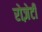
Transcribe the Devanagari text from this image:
रोज़ेटी